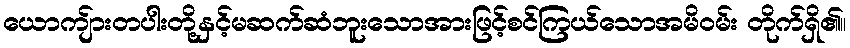
ယောကျ်ားတပါးတို့နှင့်မဆက်ဆံဘူးသောအားဖြင့်စင်ကြယ်သောအမိဝမ်း တိုက်ရှိ၏။